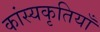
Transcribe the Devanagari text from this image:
कांस्यकृतियाँ